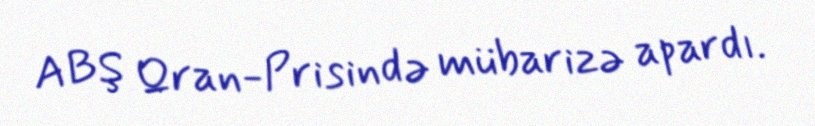
ABŞ Qran-Prisində mübarizə apardı.